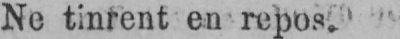
Ne tinrent en repos.